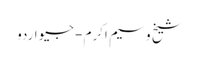
شیخ وسیم اکرم - جیو اردو